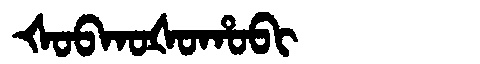
Manchu: ᡧᠣᠪᡴᠣᡧᠣᡥᠣᠪᡳ
Romanization: ŠOBKOŠOHOBI